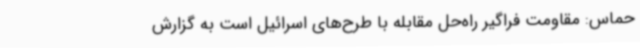
حماس: مقاومت فراگیر راه‌حل مقابله با طرح‌های اسرائیل است به گزارش